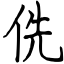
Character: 侁